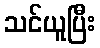
သင်ယူပြီး